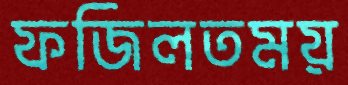
ফজিলতময়